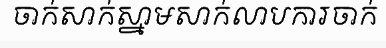
ចាក់សាក់ស្នាមសាក់លាបការចាក់